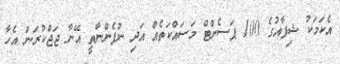
އެކަމަކު ޝިފާއުގެ 100 ޕަސެންޓް މަސައްކަތެއް އަދި ނުފެންނާތީ އޭނާ ޖަޖްކުރަން އެހާ